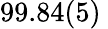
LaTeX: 99.84(5)\